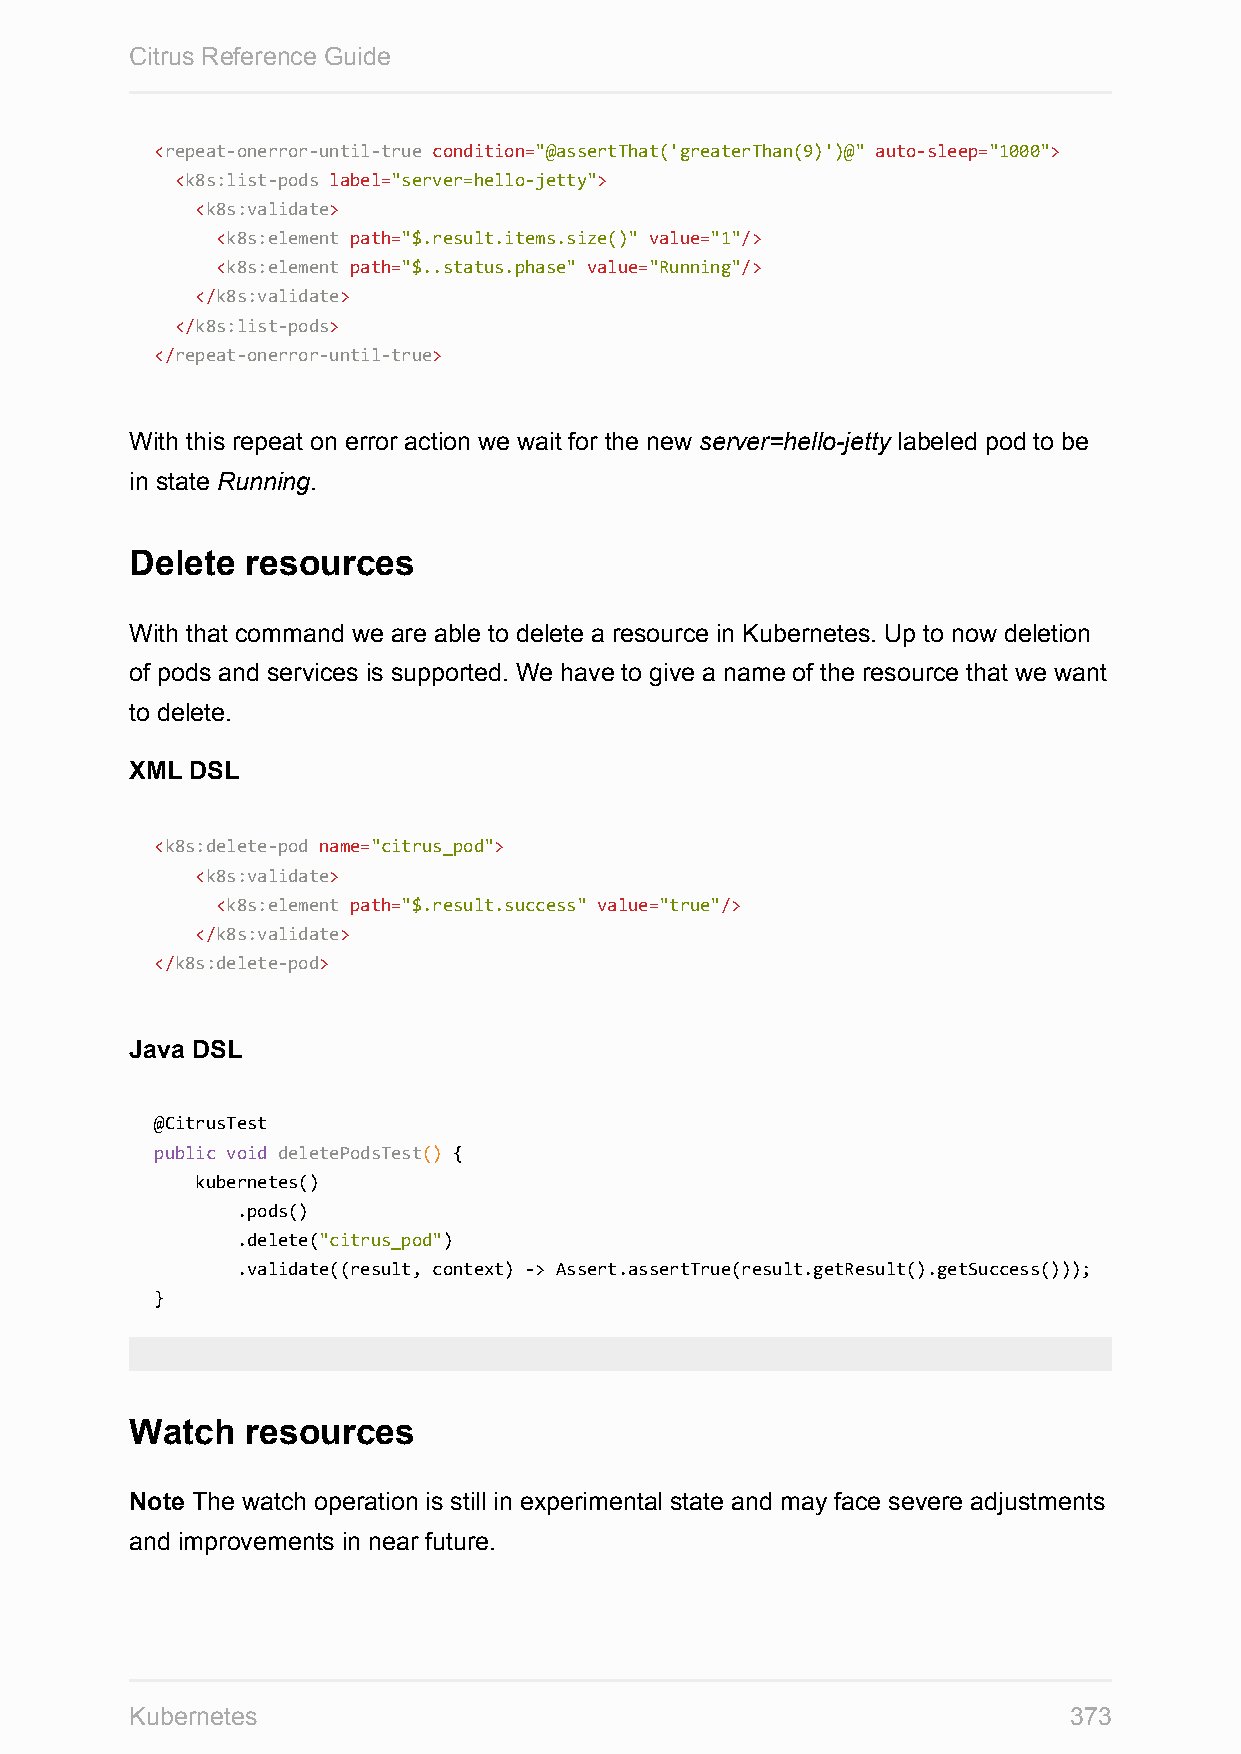
Citrus Reference Guide
 <repeat-onerror-until-true condition="@assertThat('greaterThan(9)')@" auto-sleep="1000">
 <k8s:list-pods label="server=hello-jetty">
 <k8s:validate>
 <k8s:element path="$.result.items.size()" value="1"/>
 <k8s:element path="$..status.phase" value="Running"/>
 </k8s:validate>
 </k8s:list-pods>
 </repeat-onerror-until-true>
 With this repeat on error action we wait for the new server=hello-jetty labeled pod to be
 in state Running.
 Delete resources
 With that command we are able to delete a resource in Kubernetes. Up to now deletion
 of pods and services is supported. We have to give a name of the resource that we want
 to delete.
 XML DSL
 <k8s:delete-pod name="citrus_pod">
 <k8s:validate>
 <k8s:element path="$.result.success" value="true"/>
 </k8s:validate>
 </k8s:delete-pod>
 Java DSL
 @CitrusTest
 public void deletePodsTest() {
 kubernetes()
 .pods()
 .delete("citrus_pod")
 .validate((result, context) -> Assert.assertTrue(result.getResult().getSuccess()));
 }
 Watch  resources
 Note The watch operation is still in experimental state and may face severe adjustments
 and improvements in near future.
 Kubernetes                                                    373